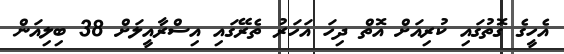
އެހީގެ ގޮތުގައި ކުރިއަށް އޮތް ދިހަ އަހަރު ތެރޭގައި އިސްރާއީލަށް 38 ބިލިއަން